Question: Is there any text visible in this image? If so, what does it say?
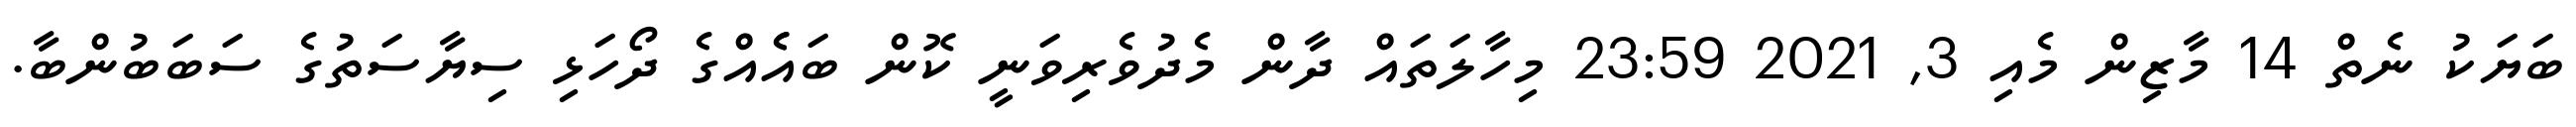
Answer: ބަޔަކު ނެތް 14 މާޒިން މެއި 3, 2021 23:59 މިހާލަތައް ދާން މެދުވެރިވަނީ ކޮން ބައެެއްގެ ދޯހަޅި ސިޔާސަތުގެ ސަބަބުންބާ.